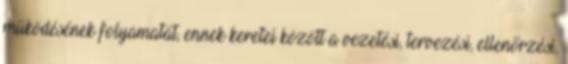
működésének folyamatát, ennek keretei között a vezetési, tervezési, ellenőrzési,